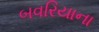
બવરિયાના